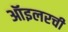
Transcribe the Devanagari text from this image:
ऑइलरची